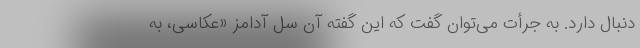
دنبال دارد. به جرأت می‌توان گفت که این گفته آن سل آدامز «عکاسی، به